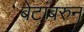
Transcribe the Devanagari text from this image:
बेटांबरुन